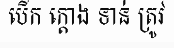
បើក ក្តោង ទាន់ ត្រូវ